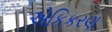
એકિકરણ